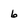
Character: 6